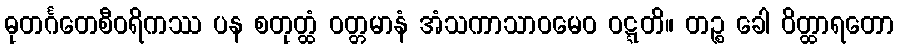
ဓုတင်္ဂတေစီဝရိကဿ ပန စတုတ္ထံ ဝတ္တမာနံ အံသကာသာဝမေဝ ဝဋ္ဋတိ။ တဉ္စ ခေါ ဝိတ္ထာရတော